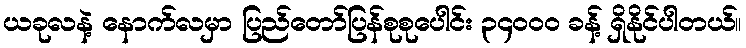
ယခုလနဲ့ နောက်လမှာ ပြည်တော်ပြန်စုစုပေါင်း ၃၄၀၀၀ ခန့် ရှိနိုင်ပါတယ်။